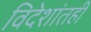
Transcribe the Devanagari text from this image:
विदेशांतही